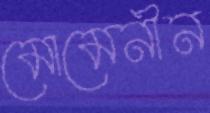
মোমেনীন